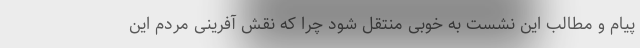
پیام و مطالب این نشست به خوبی منتقل شود چرا که نقش آفرینی مردم این